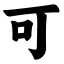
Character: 可